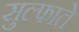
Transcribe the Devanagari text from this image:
सुल्फाते